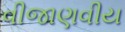
વીજાણવીય